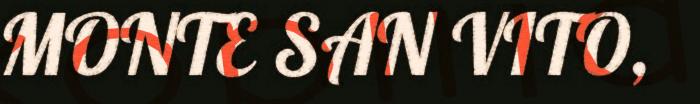
MONTE SAN VITO,